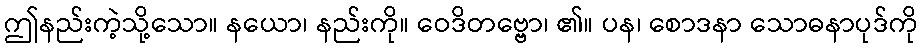
ဤနည်းကဲ့သို့သော။ နယော၊ နည်းကို။ ဝေဒိတဗ္ဗော၊ ၏။ ပန၊ စောဒနာ သောဓနာပုဒ်ကို